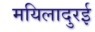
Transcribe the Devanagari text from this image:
मयिलादुरई